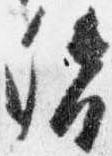
督